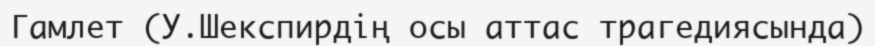
Гамлет (У.Шекспирдің осы аттас трагедиясында)